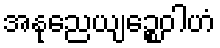
အနုညေယျဉ္စေဝါဟံ